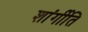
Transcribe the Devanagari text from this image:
शांर्गीति